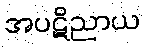
အပဋိညာယ